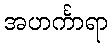
အဟင်္ကာရာ